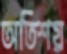
অতিশয়